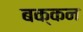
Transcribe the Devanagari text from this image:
बक्कन